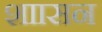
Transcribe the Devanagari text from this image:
शाासन